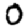
Digit: 0